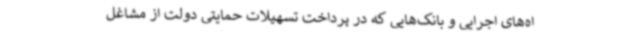
اه‌های اجرایی و بانک‌هایی که در پرداخت تسهیلات حمایتی دولت از مشاغل